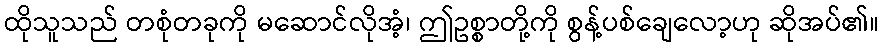
ထိုသူသည် တစုံတခုကို မဆောင်လိုအံ့၊ ဤဥစ္စာတို့ကို စွန့်ပစ်ချေလော့ဟု ဆိုအပ်၏။